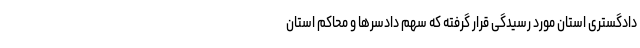
دادگستری استان مورد رسیدگی قرار گرفته که سهم دادسرها و محاکم استان